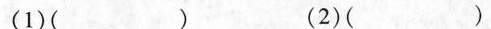
（1）（） （2）（）